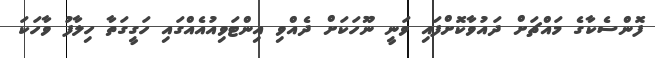
ފޮންސެކާގެ މައްޗަށް ދައުވާކޮށްފައި ވަނީ ނޫހަކަށް ދެއްވި އިންޓަވިއުއެއްގައި ހަގީގަތާ ހިލާފު ވާހަކަ